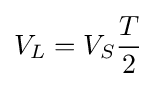
V_{L}=V_{S}{\frac {T}{2}}